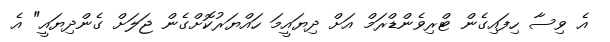
އެ ވިސާ ހިފައިގެން ޓްރިވެންޑްރަމް އަށް ދިޔައީމަ ހައްޔަރުކޮށްގެން ޖަލަށް ގެންދިޔައީ" އެ